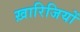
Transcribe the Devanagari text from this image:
ख़ारिजियों